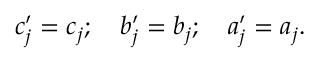
c _ { j } ^ { \prime } = c _ { j } ; \ \ \ b _ { j } ^ { \prime } = b _ { j } ; \ \ \ a _ { j } ^ { \prime } = a _ { j } .